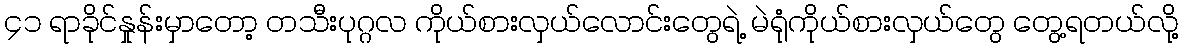
၄၁ ရာခိုင်နှုန်းမှာတော့ တသီးပုဂ္ဂလ ကိုယ်စားလှယ်လောင်းတွေရဲ့ မဲရုံကိုယ်စားလှယ်တွေ တွေ့ရတယ်လို့